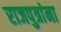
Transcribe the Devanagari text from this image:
राजपुत्रांना